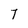
Character: 7